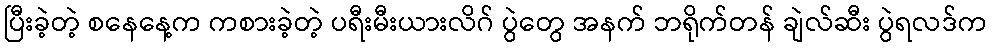
ပြီးခဲ့တဲ့ စနေနေ့က ကစားခဲ့တဲ့ ပရီးမီးယားလိဂ် ပွဲတွေ အနက် ဘရိုက်တန် ချဲလ်ဆီး ပွဲရလဒ်က